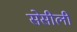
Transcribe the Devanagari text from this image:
सेसीली